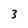
Character: 3